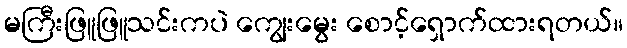
မကြီးဖြူဖြူသင်းကပဲ ကျွေးမွေး စောင့်ရှောက်ထားရတယ်။